Indian Medical Review
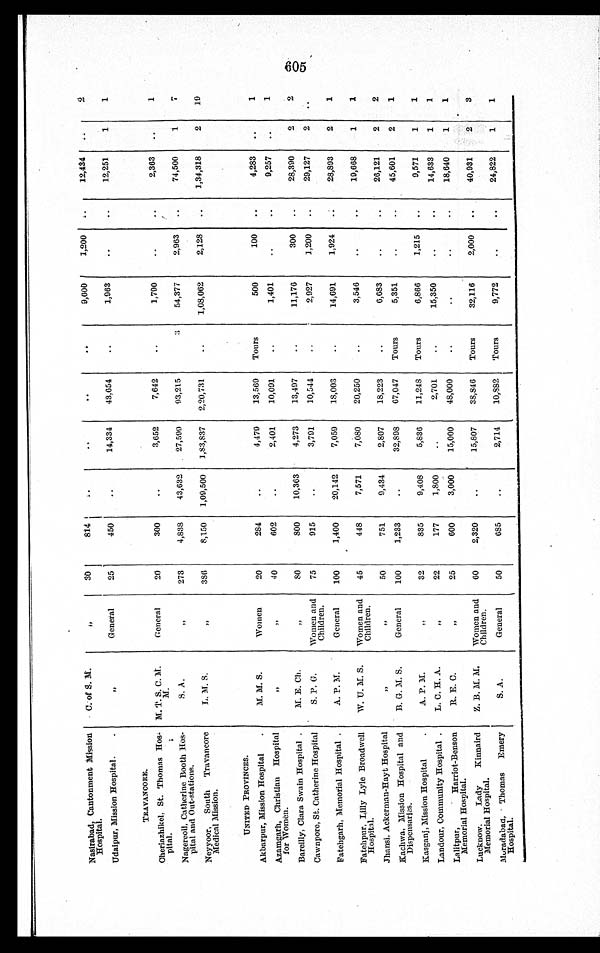
Nasirabad, Cantonment Mission
Hospital.
C. of S. M.
,,
30
814
9,600
1,200
12,434
2
Udaipur, Mission Hospital.
„
General
25
450
14,334 43,654
1,963
12,251
1
1
TRAVANCORE.
Cheriazhikel, St. Thomas Hos-
pital.
M. T. S. C. M.
M.
General
20
300
3,652
7,642
1,790
2,363
1
Nagercoil, Catherine Booth Hos-
pital and Out-stations.
S. A
„ 273
4,838 43,632 27,599 93,215
3 54,377
2,963
74,500
1
7
Neyyoor, South Travancore
Medical Mission.
L. M. S
„ 386
8,150 1,09,500 1,83,837 2,20,731
1,08,062
2,128
1,34,318
2 19
UNITED PROVINCES.
Akbarpur, Mission Hospital
M. M. S.
Women
20
284
4,479 13,569 Tours
500
100
4,283
1
Azamgarh, Christian Hospital
for Women
„
„ 40
602
2,401 10,091
1,401
9,257
1
Bareilly, Clara Swain Hospital
M. E. Ch.
„
8 0
800 10,363
4,273 13,497
11,176
300
28,390
2 2
Cawnpore, St. Catherine Hospital
S. P. G.
Women and
Children.
75
915
3,791 10,544
2,927
1,200
29,127
2
Fatehgarh, Memorial Hospital
A. P. M.
General 100
1,400 20,142
7,059 18,003
14,691
1,924
28,893 2 1
Fatehpur, Lilly Lyle Broadwell
Hospital.
W. U. M. S. Women and
Children.
45
448
7,571
7,080 20,250
3,546
19,668
1
1
Jhansi, Ackerman-Hayt Hospital
,,
„
50
751
9,434
2,807 18,223
6,683
26,121
2 2
Kachwa, Mission Hospital and
Dispensaries.
B. G. M. S.
General 100
1,233
32,898 67,047 Tours
5,351
45,601
2 1
Kasganj, Mission Hospital.
A. P. M.
„
32
835
9,408
5,836 11,248 Tours
6,866
1,215
9,571
1
1
Landour, Community Hospital
L. C. H. A.
„
22
177
1,800
2,701
15,350
14,633
1
1
Lalitpur, Harriot-Benson
Memorial Hospital.
R. E. C.
„
25
600
3,000 15,000 48,000
18,640
1
1
Lucknow. Lady Kinnaird
Memorial Hospital.
Z. B. M. M. Women and
Children.
60
2,320
15,807 38,846 Tours
32,116
2,000
40,931
2 3
Moradabad, Thomas E m e r y
Hospital.
S. A.
General
50
685
2,714 10,882 Tours
9,772
24,822
1 1
O
CTt 605